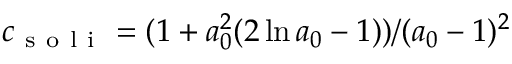
c _ { \mathrm { ~ s ~ o ~ l ~ i ~ } } = ( 1 + a _ { 0 } ^ { 2 } ( 2 \ln a _ { 0 } - 1 ) ) / ( a _ { 0 } - 1 ) ^ { 2 }